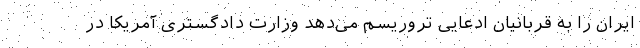
ایران را به قربانیان ادعایی تروریسم می‌دهد وزارت دادگستری آمریکا در